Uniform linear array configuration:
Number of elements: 4
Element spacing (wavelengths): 1
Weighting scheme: blackman
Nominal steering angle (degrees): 15
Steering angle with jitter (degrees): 16.632
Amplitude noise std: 0.05
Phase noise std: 0.05

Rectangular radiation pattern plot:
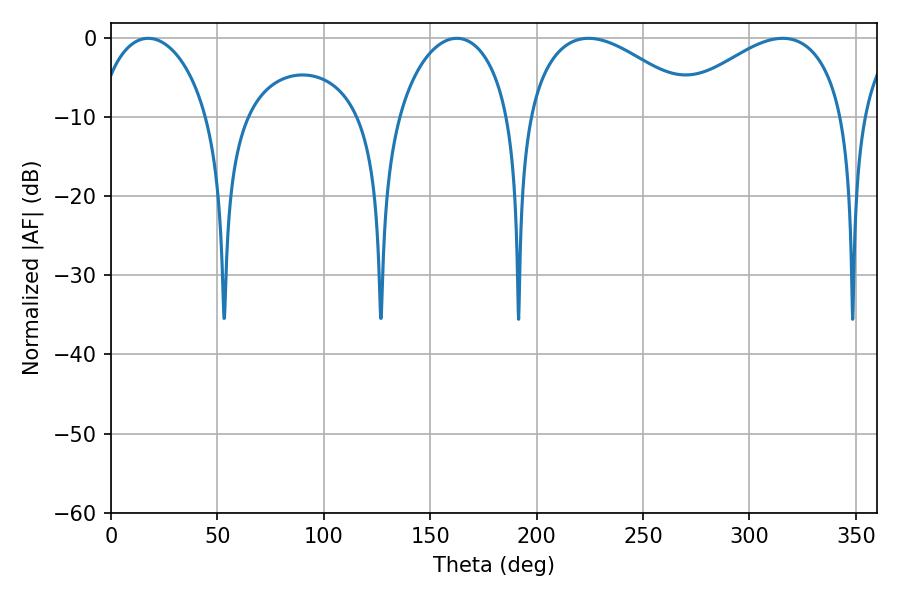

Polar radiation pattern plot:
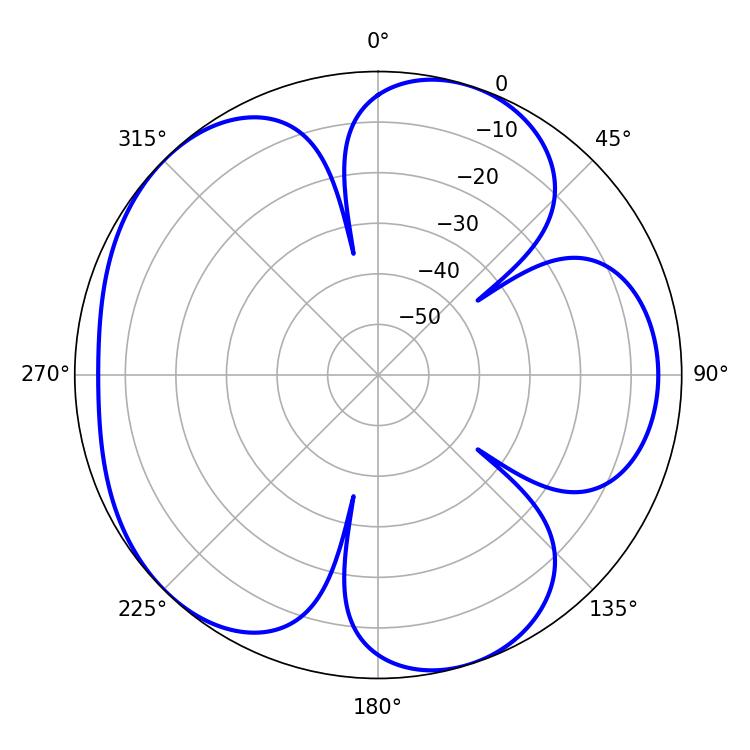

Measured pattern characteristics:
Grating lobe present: TRUE
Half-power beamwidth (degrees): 30.24
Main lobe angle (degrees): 17.46